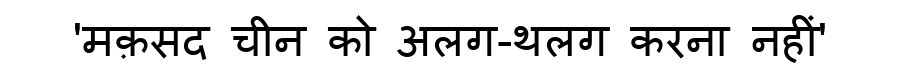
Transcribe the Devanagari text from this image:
'मक़सद चीन को अलग-थलग करना नहीं'